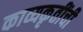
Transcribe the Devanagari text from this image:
काव्यकृतींची